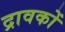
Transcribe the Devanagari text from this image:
द्रावकों